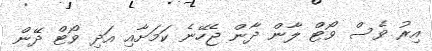
އިރު ވެސް ވޯޓް ލާން ދާން ޖެހޭނެ ކަމަށާއި އަދި ވޯޓް ދޭން